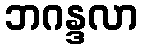
ဘဂန္ဒလာ